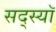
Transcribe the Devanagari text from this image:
सद्स्यॉ